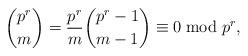
LaTeX: \begin{align*}\binom{p^{r}}{m} = \frac{p^{r}}{m} \binom{p^{r}-1}{m-1} \equiv 0 \bmod p^{r},\end{align*}